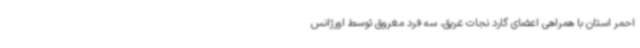
احمر استان با همراهی اعضای گارد نجات غریق، سه فرد مغروق توسط اورژانس